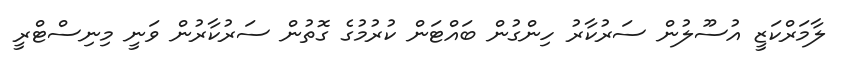
ލާމަރްކަޒީ އުސޫލުން ސަރުކާރު ހިންގުން ބައްޓަން ކުރުމުގެ ގޮތުން ސަރުކާރުން ވަނީ މިނިސްޓްރީ